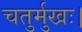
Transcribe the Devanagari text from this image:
चतुर्मुखः।